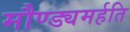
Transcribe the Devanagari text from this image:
मौण्ड्यमर्हति